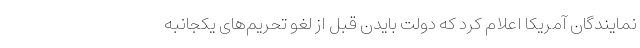
نمایندگان آمریکا اعلام کرد که دولت بایدن قبل از لغو تحریم‌های یکجانبه